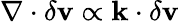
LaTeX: \nabla\cdot\delta\mathbf{v}\propto\mathbf{k}\cdot\delta\mathbf{v}